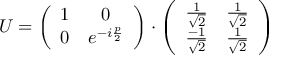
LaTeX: U = \left( \begin{array} { c c } { { 1 } } & { { 0 } } \\ { { 0 } } & { { e ^ { - i \frac { p } { 2 } } } } \end{array} \right) \cdot \left( \begin{array} { c c } { { \frac 1 { \sqrt 2 } } } & { { \frac 1 { \sqrt 2 } } } \\ { { \frac { - 1 } { \sqrt 2 } } } & { { \frac 1 { \sqrt 2 } } } \end{array} \right)